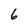
Character: 6